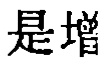
是增